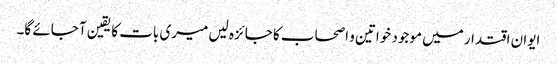
ایوان اقتدار میں موجود خواتین و اصحاب کا جائزہ لیں میری بات کا یقین آ جائے گا۔